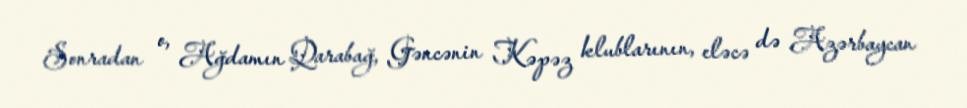
Sonradan o, Ağdamın Qarabağ, Gəncənin Kəpəz klublarının, eləcə də Azərbaycan